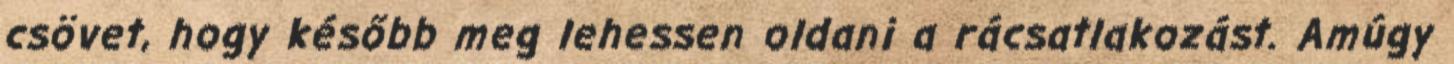
csövet, hogy később meg lehessen oldani a rácsatlakozást. Amúgy